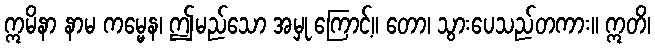
ဣမိနာ နာမ ကမ္မေန၊ ဤမည်သော အမှု ကြောင့်။ တော၊ သွားပေသည်တကား။ ဣတိ၊